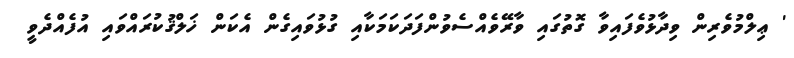
' ޢިލްމުވެރިން ވިދާޅުވެފައިވާ ގޮތުގައި ވާރޭވެއްސެވުންފަދަކަމަކާއި ގުޅުވައިގެން އެކަން ޚަލްޤުކުރައްވައި އުފެއްދެވީ